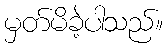
မှတ်မိခဲ့ပါသည်။